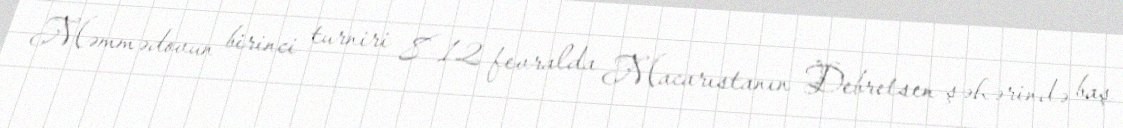
Məmmədovun birinci turniri 8–12 fevralda Macarıstanın Debretsen şəhərində baş